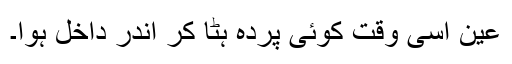
عین اسی وقت کوئی پردہ ہٹا کر اندر داخل ہوا۔